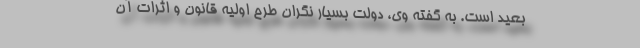
بعید است. به گفته وی، دولت بسیار نگران طرح اولیه قانون و اثرات آن